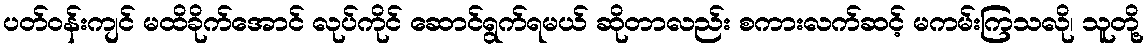
ပတ်ဝန်းကျင် မထိခိုက်အောင် လုပ်ကိုင် ဆောင်ရွက်ရမယ် ဆိုတာလည်း စကားလက်ဆင့် မကမ်းကြသလို၊ သူတို့